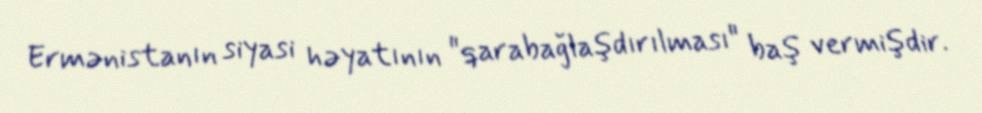
Ermənistanın siyasi həyatının "qarabağlaşdırılması" baş vermişdir.